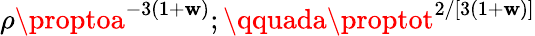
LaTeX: \rho\proptoa^{-3(1+\mathbf{w})};\qquada\proptot^{2/[3(1+\mathbf{w})]}